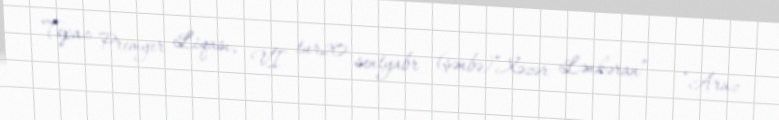
Topaz Premyer Liqası, VI tur20 sentyabr (şənbə)“Xəzər Lənkəran” – “Araz